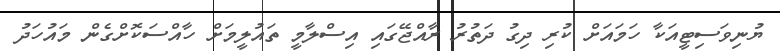
ޔުނިވަސިޓީއަކާ ހަމައަށް ކުރި ދިގު ދަތުރު ރާއްޖޭގައި އިސްލާމީ ތައުލީމަށް ހާއްސަކޮށްގެން މައުހަދު